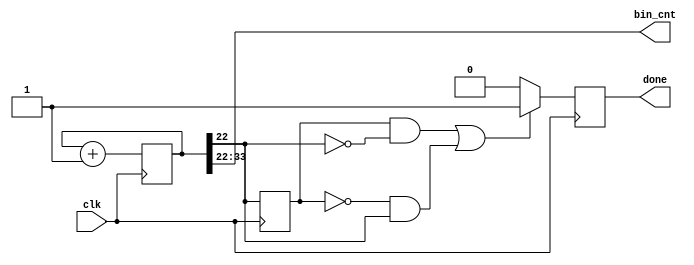
`timescale 1ns / 1ps
//////////////////////////////////////////////////////////////////////////////////
// Company: 
// Engineer: 
// 
// Design Name: 
// Module Name: Counter
// Project Name: 
// Target Devices: 
// Tool Versions: 
// Description: 
// 
// Dependencies: 
// 
// Revision:
// Revision 0.01 - File Created
// Additional Comments:
// 
//////////////////////////////////////////////////////////////////////////////////


module Counter(

    input clk,
    output done,
    output [11:0] bin_cnt);
    
    parameter c_reg_size = 34;
    
    reg [c_reg_size -1:0] count = 0;
    reg fin = 0;
    reg old_b = 0;
    
    
     always @(posedge clk)
        begin
        count <= count+1;
            if((old_b && !count[c_reg_size-12]) || (!old_b && count[c_reg_size-12]))
                begin
                fin <=1;
                end
            else
                begin
                fin <=0;
                end
             old_b <=count[c_reg_size-12];
             end
         
    assign bin_cnt =  count[c_reg_size-1: c_reg_size-12];
    assign done = fin;   
    
    
    
endmodule